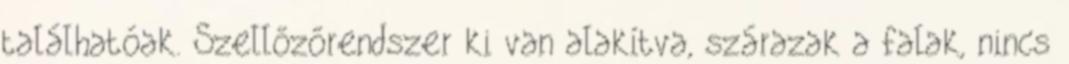
találhatóak. Szellőzőrendszer ki van alakítva, szárazak a falak, nincs